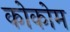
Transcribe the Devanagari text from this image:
कोकोम